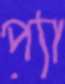
প্যা